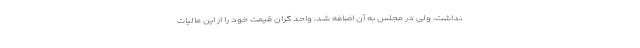
نداشت، ولی در مجلس به آن اضافه شد، واحد گران قیمت خود را از این مالیات